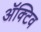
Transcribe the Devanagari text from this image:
ॲक्टिव